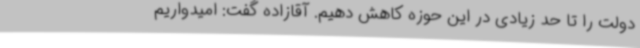
دولت را تا حد زیادی در این حوزه کاهش دهیم. آقازاده گفت: امیدواریم